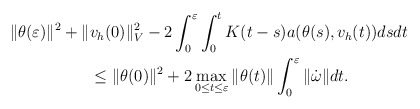
\begin{align*} \|\theta(\varepsilon) \|^2 +\|&v_h(0)\|_V^2 - 2\int_0^{\varepsilon} \int_0^t K(t-s) a(\theta(s),v_h(t))dsdt \\ &\leq \|\theta(0) \|^2+2\max_{0 \leq t \leq \varepsilon} \|\theta (t)\| \int _0^{\varepsilon} \|\dot \omega\|dt. \end{align*}